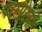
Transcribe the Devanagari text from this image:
परम्परओं